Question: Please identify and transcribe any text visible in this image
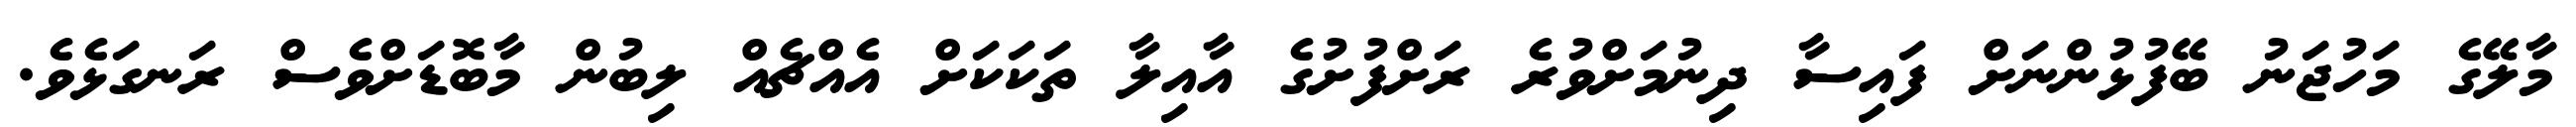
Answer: މާލޭގެ މަހުޖަނު ބޭފުޅުންނަށް ފައިސާ ދިނުމަށްވުރެ ރަށްފުށުގެ އާއިލާ ތަކަކަށް އެއްޗެއް ލިބުން މާބޮޑަށްވެސް ރަނގަޅެވެ.